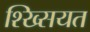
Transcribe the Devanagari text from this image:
श्ख्सियत